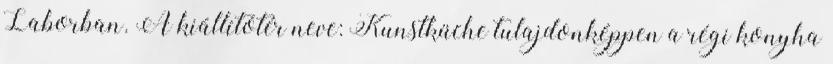
Laborban. A kiállítótér neve: Kunstküche tulajdonképpen a régi konyha